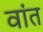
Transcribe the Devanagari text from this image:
वांत